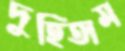
দুহিতাম